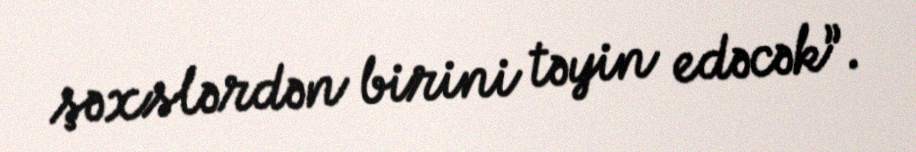
şəxslərdən birini təyin edəcək”.